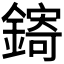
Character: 𬬄